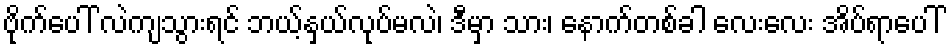
ဗိုက်ပေါ် လဲကျသွားရင် ဘယ့်နှယ်လုပ်မလဲ၊ ဒီမှာ သား၊ နောက်တစ်ခါ လေးလေး အိပ်ရာပေါ်